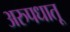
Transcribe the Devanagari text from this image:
अरुपधातू